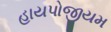
હાયપોજીયમ